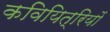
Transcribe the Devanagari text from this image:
कवियित्रियों